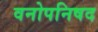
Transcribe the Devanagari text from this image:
वनोपनिषद